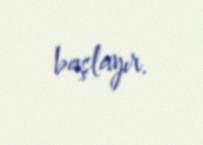
başlayır.